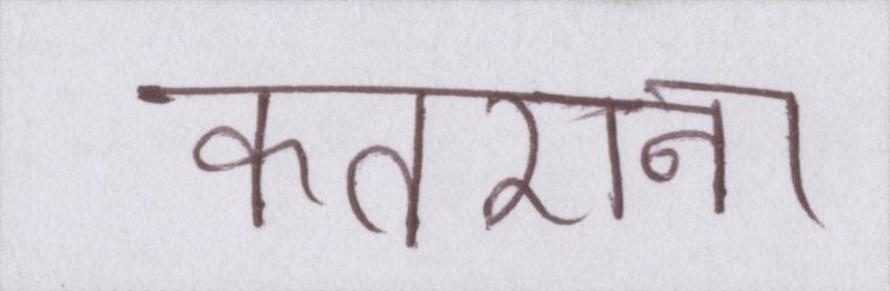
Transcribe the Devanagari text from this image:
कतराना